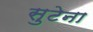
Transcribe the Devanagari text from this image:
सुटेना